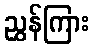
ညွှန်ကြား